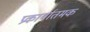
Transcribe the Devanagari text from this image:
प्रकार्यातमक